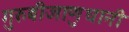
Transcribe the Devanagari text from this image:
गुरुबीजाणुधानी